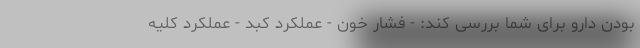
بودن دارو برای شما بررسی کند: - فشار خون - عملکرد کبد - عملکرد کلیه